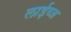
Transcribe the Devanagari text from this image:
लाईव्ज